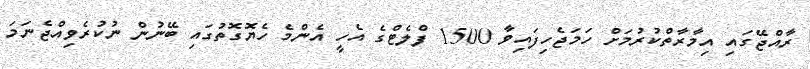
ރާއްޖޭގައި އިމާރާތްކުރުމަށް ހަމަޖެހިފައިވާ 1500 ފްލެޓްގެ އެހީ އެންމެ ހެޔޮގޮތުގައި ބޭނުން ނުކުރެވިއްޖެނަމަ